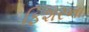
ફિશરના